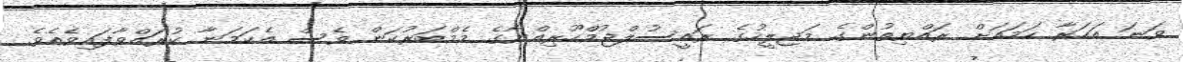
ވަނަ އަހަރާ ހަމައަށް ރައްޔިތުންގެ މަޖިލީހުގެ ރައީސުލްޖުމްހޫރިއްޔާގެ މެމްބަރުކަން ވެސް އެކަމަނާ ކުރައްވާފައިވެއެވެ.